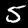
Label: 5